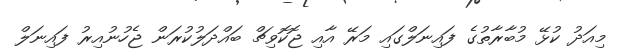
މިއަދު ކުޅޭ މުބާރާތުގެ ފައިނަލްގައި މަރޭ އާއި ޖޮކޮވިޗް ބައްދަލުކުރަން ޖެހުނުއިރު ފައިނަލް